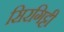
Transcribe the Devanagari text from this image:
सिरगिट्टी